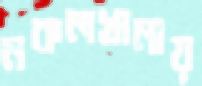
নকলখানায়